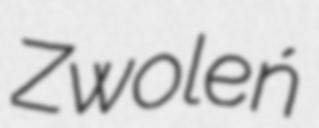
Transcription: Zwoleń